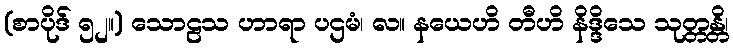
(စာပိုဒ် ၅၂။) သောဠသ ဟာရာ ပဌမံ၊ လ။ နယေဟိ တီဟိ နိဒ္ဒိသေ သုတ္တန္တိ၊